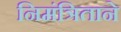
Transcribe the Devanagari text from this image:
निमंत्रिताने